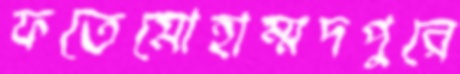
ফতেমোহাম্মদপুরে